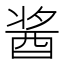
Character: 酱